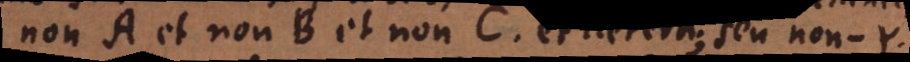
non A et non B et non C, et caetera; seu non-Y